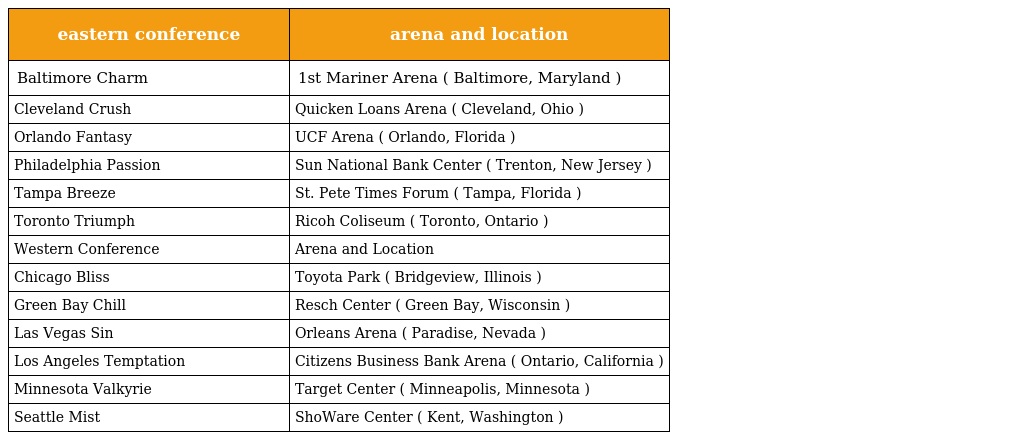
| eastern conference | arena and location |
 | --- | --- |
 | Baltimore Charm | 1st Mariner Arena ( Baltimore, Maryland ) |
 | Cleveland Crush | Quicken Loans Arena ( Cleveland, Ohio ) |
 | Orlando Fantasy | UCF Arena ( Orlando, Florida ) |
 | Philadelphia Passion | Sun National Bank Center ( Trenton, New Jersey ) |
 | Tampa Breeze | St. Pete Times Forum ( Tampa, Florida ) |
 | Toronto Triumph | Ricoh Coliseum ( Toronto, Ontario ) |
 | Western Conference | Arena and Location |
 | Chicago Bliss | Toyota Park ( Bridgeview, Illinois ) |
 | Green Bay Chill | Resch Center ( Green Bay, Wisconsin ) |
 | Las Vegas Sin | Orleans Arena ( Paradise, Nevada ) |
 | Los Angeles Temptation | Citizens Business Bank Arena ( Ontario, California ) |
 | Minnesota Valkyrie | Target Center ( Minneapolis, Minnesota ) |
 | Seattle Mist | ShoWare Center ( Kent, Washington ) |